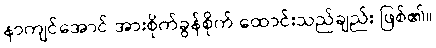
နာကျင်အောင် အားစိုက်ခွန်စိုက် ထောင်းသည်ချည်း ဖြစ်၏။